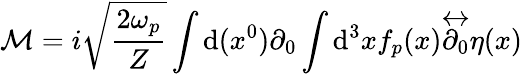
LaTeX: {\mathcal{M}}=i{\sqrt{\frac{2\omega_{p}}{Z}}}\int\mathrm{d}(x^{0})\partial_{0}\int\mathrm{d}^{3}xf_{p}(x){\overleftrightarrow{\partial_{0}}}\eta(x)